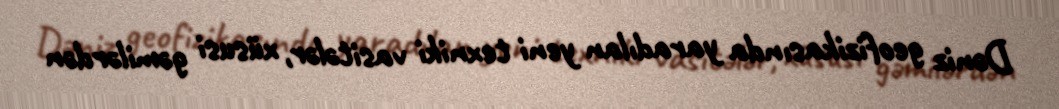
Dəniz geofizikasında yaradılan yeni texniki vasitələr, xüsusi gəmilərdən